65_HS1-834228961_62-HQ-83894_Section_7
Agency: FBI
Page 47
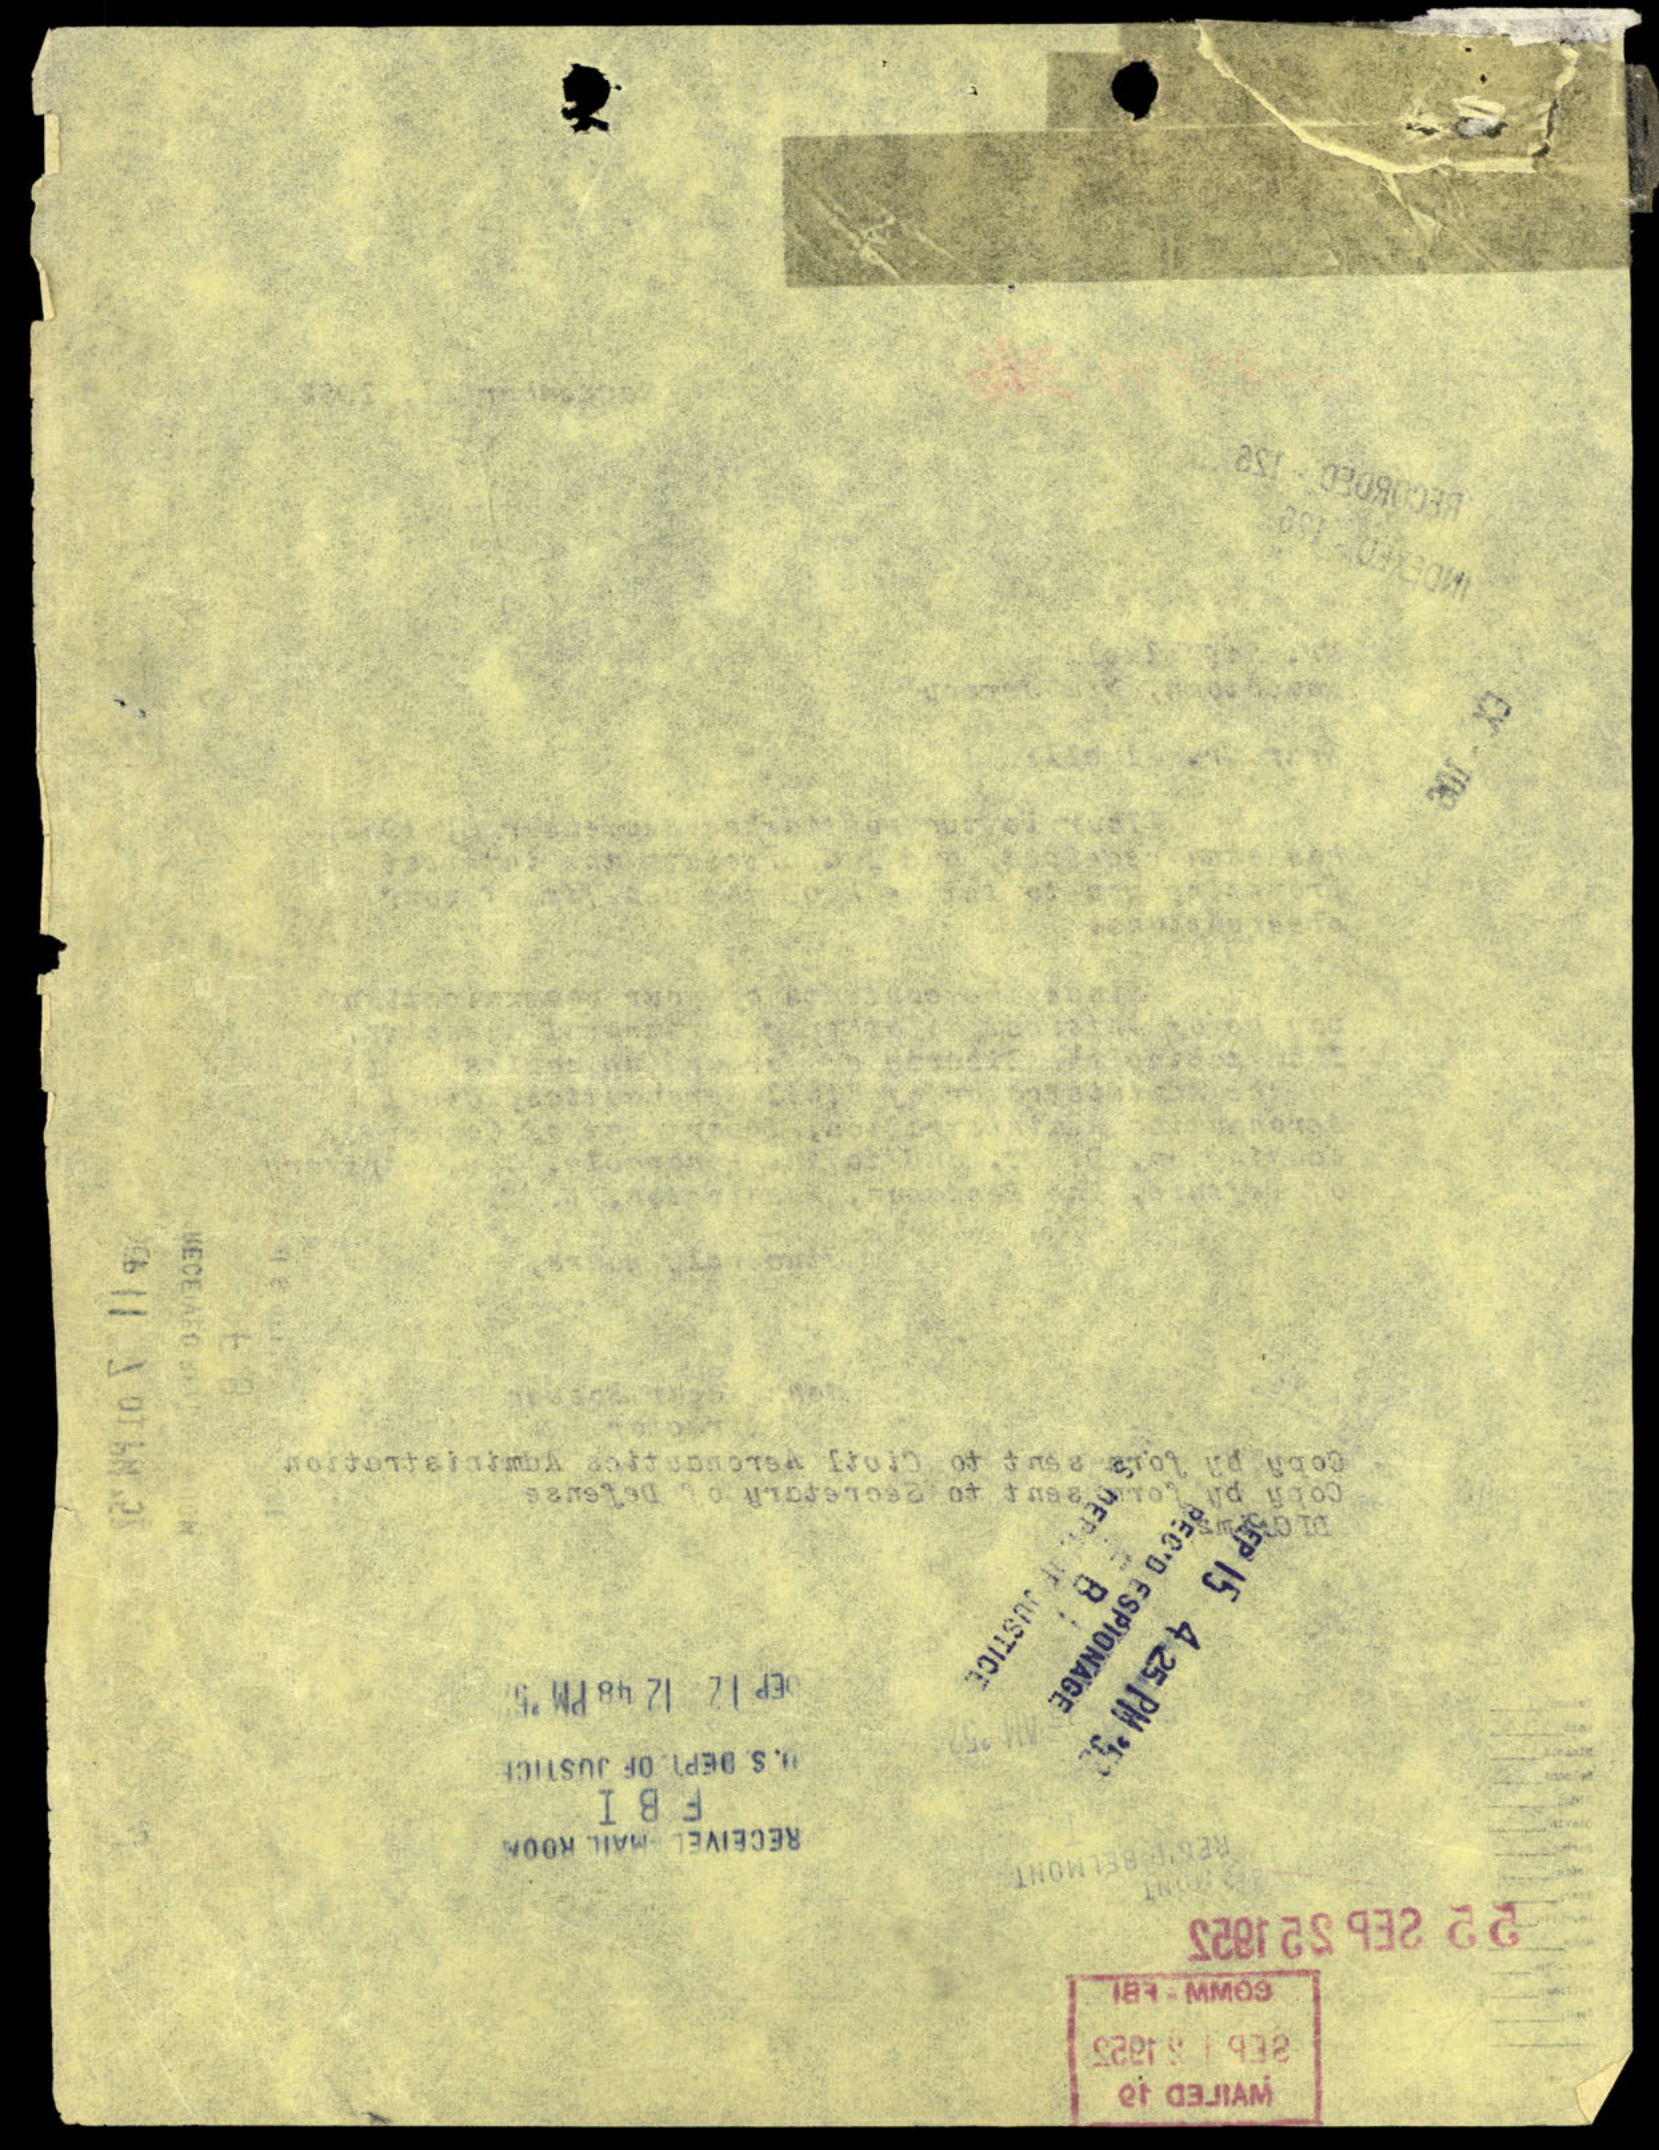